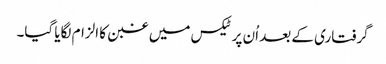
گرفتاری کے بعد اُن پر ٹیکس میں غبن کا الزام لگایا گیا۔